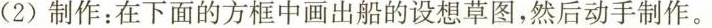
(2)制作：在下面的方框中画出船的设想草图，然后动手制作。